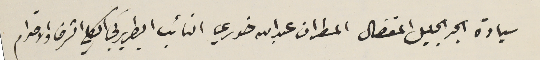
سيادة الحبر الجليل المفضال المطران عبدالله خوري النائب البطريركي الكلي الشرف والاحترام